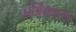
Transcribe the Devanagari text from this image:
अग्निकान्द